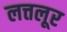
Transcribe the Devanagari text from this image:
लत्तलूर